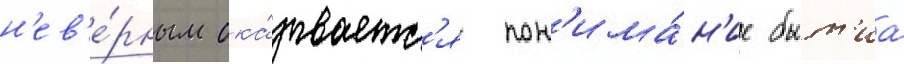
н'ев'е́рным ока́зываетс'я пон'има́н'ие быт'иа́